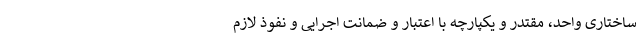
ساختاری واحد، مقتدر و یکپارچه با اعتبار و ضمانت اجرایی و نفوذ لازم